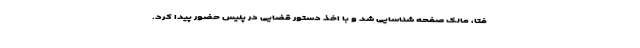
فتا، مالک صفحه شناسایی شد و با اخذ دستور قضایی در پلیس حضور پیدا کرد.